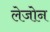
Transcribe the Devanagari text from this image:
लेजोन